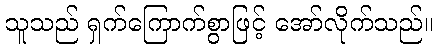
သူသည် ရှက်ကြောက်စွာဖြင့် အော်လိုက်သည်။